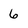
Character: 6